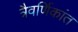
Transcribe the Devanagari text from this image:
त्रैवर्णिकांत